Calcutta medical institutions reports 1871-78
Year: 1871
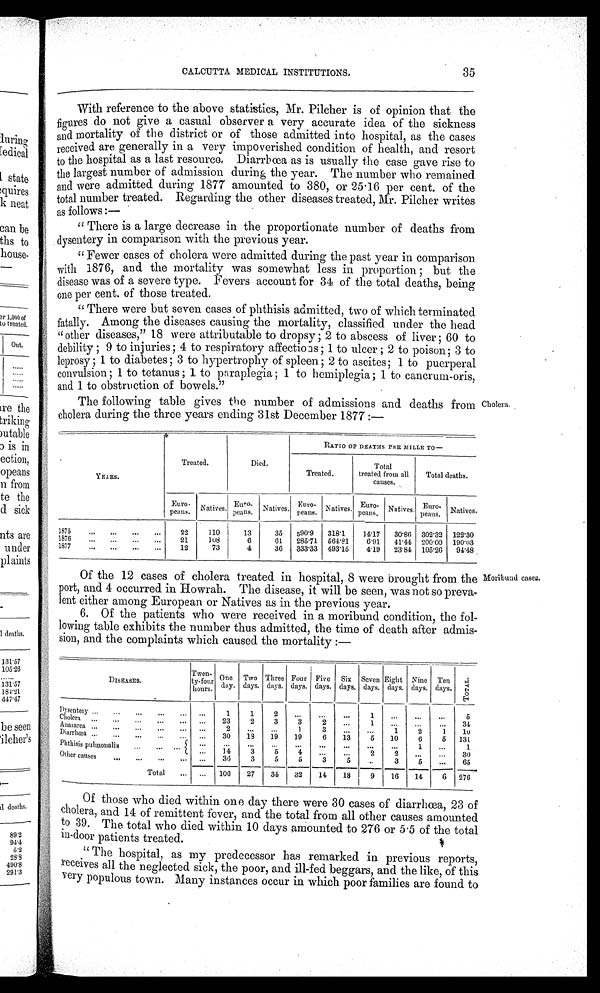
CALCUTTA MEDICAL INSTITUTIONS.
35
With reference to the above statistics, Mr. Pilcher is of opinion that the
figures do not give a casual observer a very accurate idea of the sickness
and mortality of the district or of those admitted into hospital, as the cases
received are generally in a very impoverished condition of health, and resort
to the hospital as a last resource. Diarrhæa as is usually the case gave rise to
the largest number of admission during the year. The number who remained
and were admitted during 1877 amounted to 380, or 25 . 16 per cent. of the
total number treated. Regarding the other diseases treated, Mr. Pilcher writes
as follows:—
" There is a large decrease in the proportionate number of deaths from
dysentery in comparison with the previous year.
" Fewer cases of cholera were admitted during the past year in comparison
with 1876, and. the mortality was somewhat less in proportion ; but the
disease was of a severe type. Fevers account for 31 of the total deaths, being
one per cent. of those treated.
" There were but seven cases of phthisis admitted, two of which terminated
fatally. Among the diseases causing the mortality, classified under the head
" other diseases," 18 were attributable to dropsy ; 2 to abscess of liver ; 60 to
debility ; 9 to injuries; 4 to respiratory affections; 1 to ulcer ; 2 to poison; 3 to
leprosy ; 1 to diabetes; 3 to hypertrophy of spleen ; 2 to aseites; 1 to puerperal
convulsion ; 1 to tetanus ; 1 to paraplegia ; 1 to hemiplegia ; 1 to cancrum-oris,
and 1 to obstruction of bowels."
The following table gives the number of admissions and deaths from Cholera.
cholera during the three years ending 31st December 1877 :—
'
Treated.
Died.
RATIO OF
Treated.
DEATHS PER MILLE
Total
treated from all
TO -
Total deaths.
YEARS.
causes.
Euro
peal's. Natives.
Euro.
peens. Natives.
Euro-
pearls. Natives. Euro-
pesos. Natives. Euro-
Penns.
Natives.
22
110 1
13
35
590'9
318'1
14'17
30'86 302'32 122'30
1876
...
...
...
...
21
3u8
6
01
285'71 561'81
0'91
41'41 200.00 190'03
12
73
4
36
333'33 493'15
4'19
23 .84 105'26 91'48
Moribund eases.
Of the 12 cases of cholera treated in hospital, 8 were brought from the
port, and 4 occurred in Howrah. The disease, it will be seen, was not so preva-
lent either among European or Natives as in the previous year.
6. Of the patients who were received in a moribund condition, the fol-
lowing table exhibits the number thus admitted, the time of death after admis-
sion, and the complaints which caused the mortality :—
DISEASES .
.
Toren-
ty-four
hours.
One
day.
Two
days.
Three
days.
Four
days.
Five
days,
Six
days.
Seven
days.
Eight
days.
Nine
days.
Ten
days.
TOTAL
Dysentery ...
......
...
...
1
2
...
...
...
1
...
...
... ...
5
Cholera .„
......
..
.
.
..
...
23
2
3
3
1
.
...
..
34
Anasarea ...
...
. . .
Diarrlicea ...
...
...
....
..... ......
2
30
18
19
1
19
3
6
13 ' . 5
1
10
2
6
1
5
3.0
131
Plithisis pulmonalia
.
...
...
...
...
...
1
i
...
14
3
5
4
...
...
2
2
. ..
30
Other cause
.I1*
..
.
. . .
. –
. . .
30
3
5
Li
3
5
3
5
...
65
Total
...
...
100
27
31
32
11
18 I 9
16
14
6
276
Of those who died within one day there were 30 cases of diarrhoea, 23 of
cholera, and 14 of remittent fever, and the total from all other causes amounted
to 39. The total who died within 10 days amounted to 276 or 5 . 5 of the total
in-door patients treated.
" The hospital, as my predecessor has remarked in previous reports,
receives all the neglected sick, the poor, and ill-fed beggars, and the like, of this
v ery populous town. Many instances occur in which poor families are found to